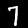
Label: 7